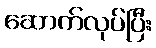
ဆောက်လုပ်ပြီး